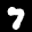
Label: 7